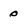
Character: 0